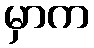
မှာက